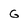
Character: G